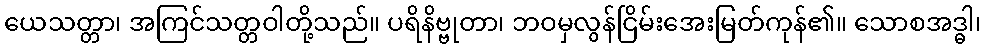
ယေသတ္တာ၊ အကြင်သတ္တဝါတို့သည်။ ပရိနိဗ္ဗုတာ၊ ဘဝမှလွန်ငြိမ်းအေးမြတ်ကုန်၏။ သောစအဒ္ဓါ၊